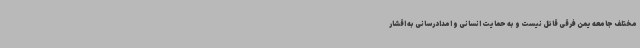
مختلف جامعه یمن فرقی قائل نیست و به حمایت انسانی و امدادرسانی به اقشار